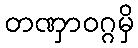
တဏှာဝဂ္ဂမှိ